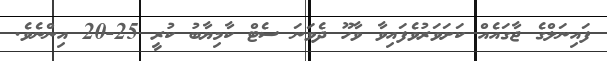
ފައިނަލްގެ ޖާގައެއް ކަށަވަރުވެފައިވާ ވާހޫ ދެވަނަ ސެޓް ކާމިޔާބު ކުރީ 25-20 އިންނެވެ.